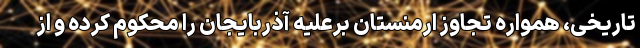
تاریخی، همواره تجاوز ارمنستان برعلیه آذربایجان را محکوم کرده و از